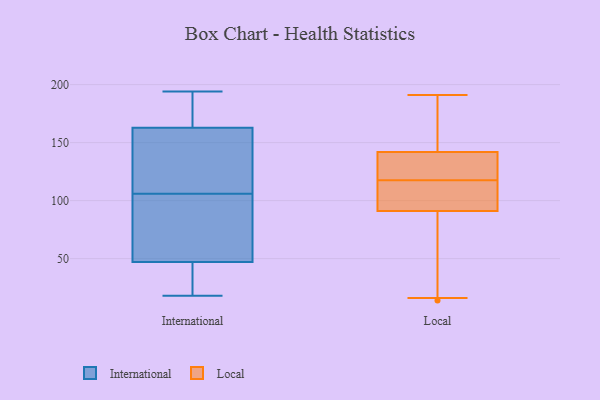
{"axis": {"x": "Latency (ms)", "y": "Value"}, "legend": ["International", "Local"], "data": [{"x": "", "y": 179, "type": "International"}, {"x": "", "y": 67, "type": "International"}, {"x": "", "y": 46, "type": "International"}, {"x": "", "y": 167, "type": "International"}, {"x": "", "y": 109, "type": "International"}, {"x": "", "y": 194, "type": "International"}, {"x": "", "y": 38, "type": "International"}, {"x": "", "y": 24, "type": "International"}, {"x": "", "y": 115, "type": "International"}, {"x": "", "y": 133, "type": "International"}, {"x": "", "y": 18, "type": "International"}, {"x": "", "y": 57, "type": "International"}, {"x": "", "y": 191, "type": "International"}, {"x": "", "y": 106, "type": "International"}, {"x": "", "y": 24, "type": "International"}, {"x": "", "y": 174, "type": "International"}, {"x": "", "y": 50, "type": "International"}, {"x": "", "y": 150, "type": "International"}, {"x": "", "y": 59, "type": "International"}, {"x": "", "y": 65, "type": "Local"}, {"x": "", "y": 142, "type": "Local"}, {"x": "", "y": 165, "type": "Local"}, {"x": "", "y": 117, "type": "Local"}, {"x": "", "y": 14, "type": "Local"}, {"x": "", "y": 138, "type": "Local"}, {"x": "", "y": 154, "type": "Local"}, {"x": "", "y": 102, "type": "Local"}, {"x": "", "y": 191, "type": "Local"}, {"x": "", "y": 118, "type": "Local"}, {"x": "", "y": 16, "type": "Local"}, {"x": "", "y": 91, "type": "Local"}, {"x": "", "y": 102, "type": "Local"}, {"x": "", "y": 139, "type": "Local"}]}